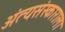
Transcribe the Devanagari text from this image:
अंत्यसंस्काराला